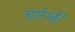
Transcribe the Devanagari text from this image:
चार्टरकी